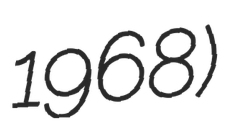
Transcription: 1968)